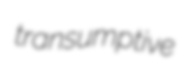
transumptive